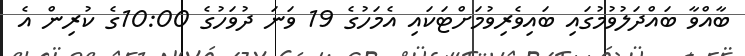
ބާއްވާ ބައްދަލުވުމުގައި ބައިވެރިވުމަށްޓަކައި އެމަހުގެ 19 ވަނަ ދުވަހުގެ 10:00ގެ ކުރިން އެ